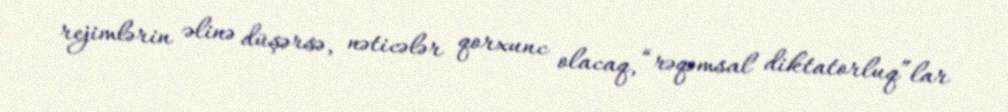
rejimlərin əlinə düşərsə, nəticələr qorxunc olacaq, “rəqəmsal diktatorluq”lar